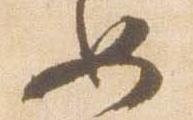
如